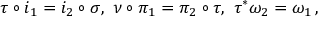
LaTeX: \tau \circ i _ { 1 } = i _ { 2 } \circ \sigma , \ \nu \circ \pi _ { 1 } = \pi _ { 2 } \circ \tau , \ \tau ^ { * } \omega _ { 2 } = \omega _ { 1 } \, ,